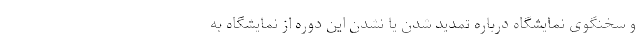
و سخنگوی نمایشگاه درباره تمدید شدن یا نشدن این دوره از نمایشگاه به